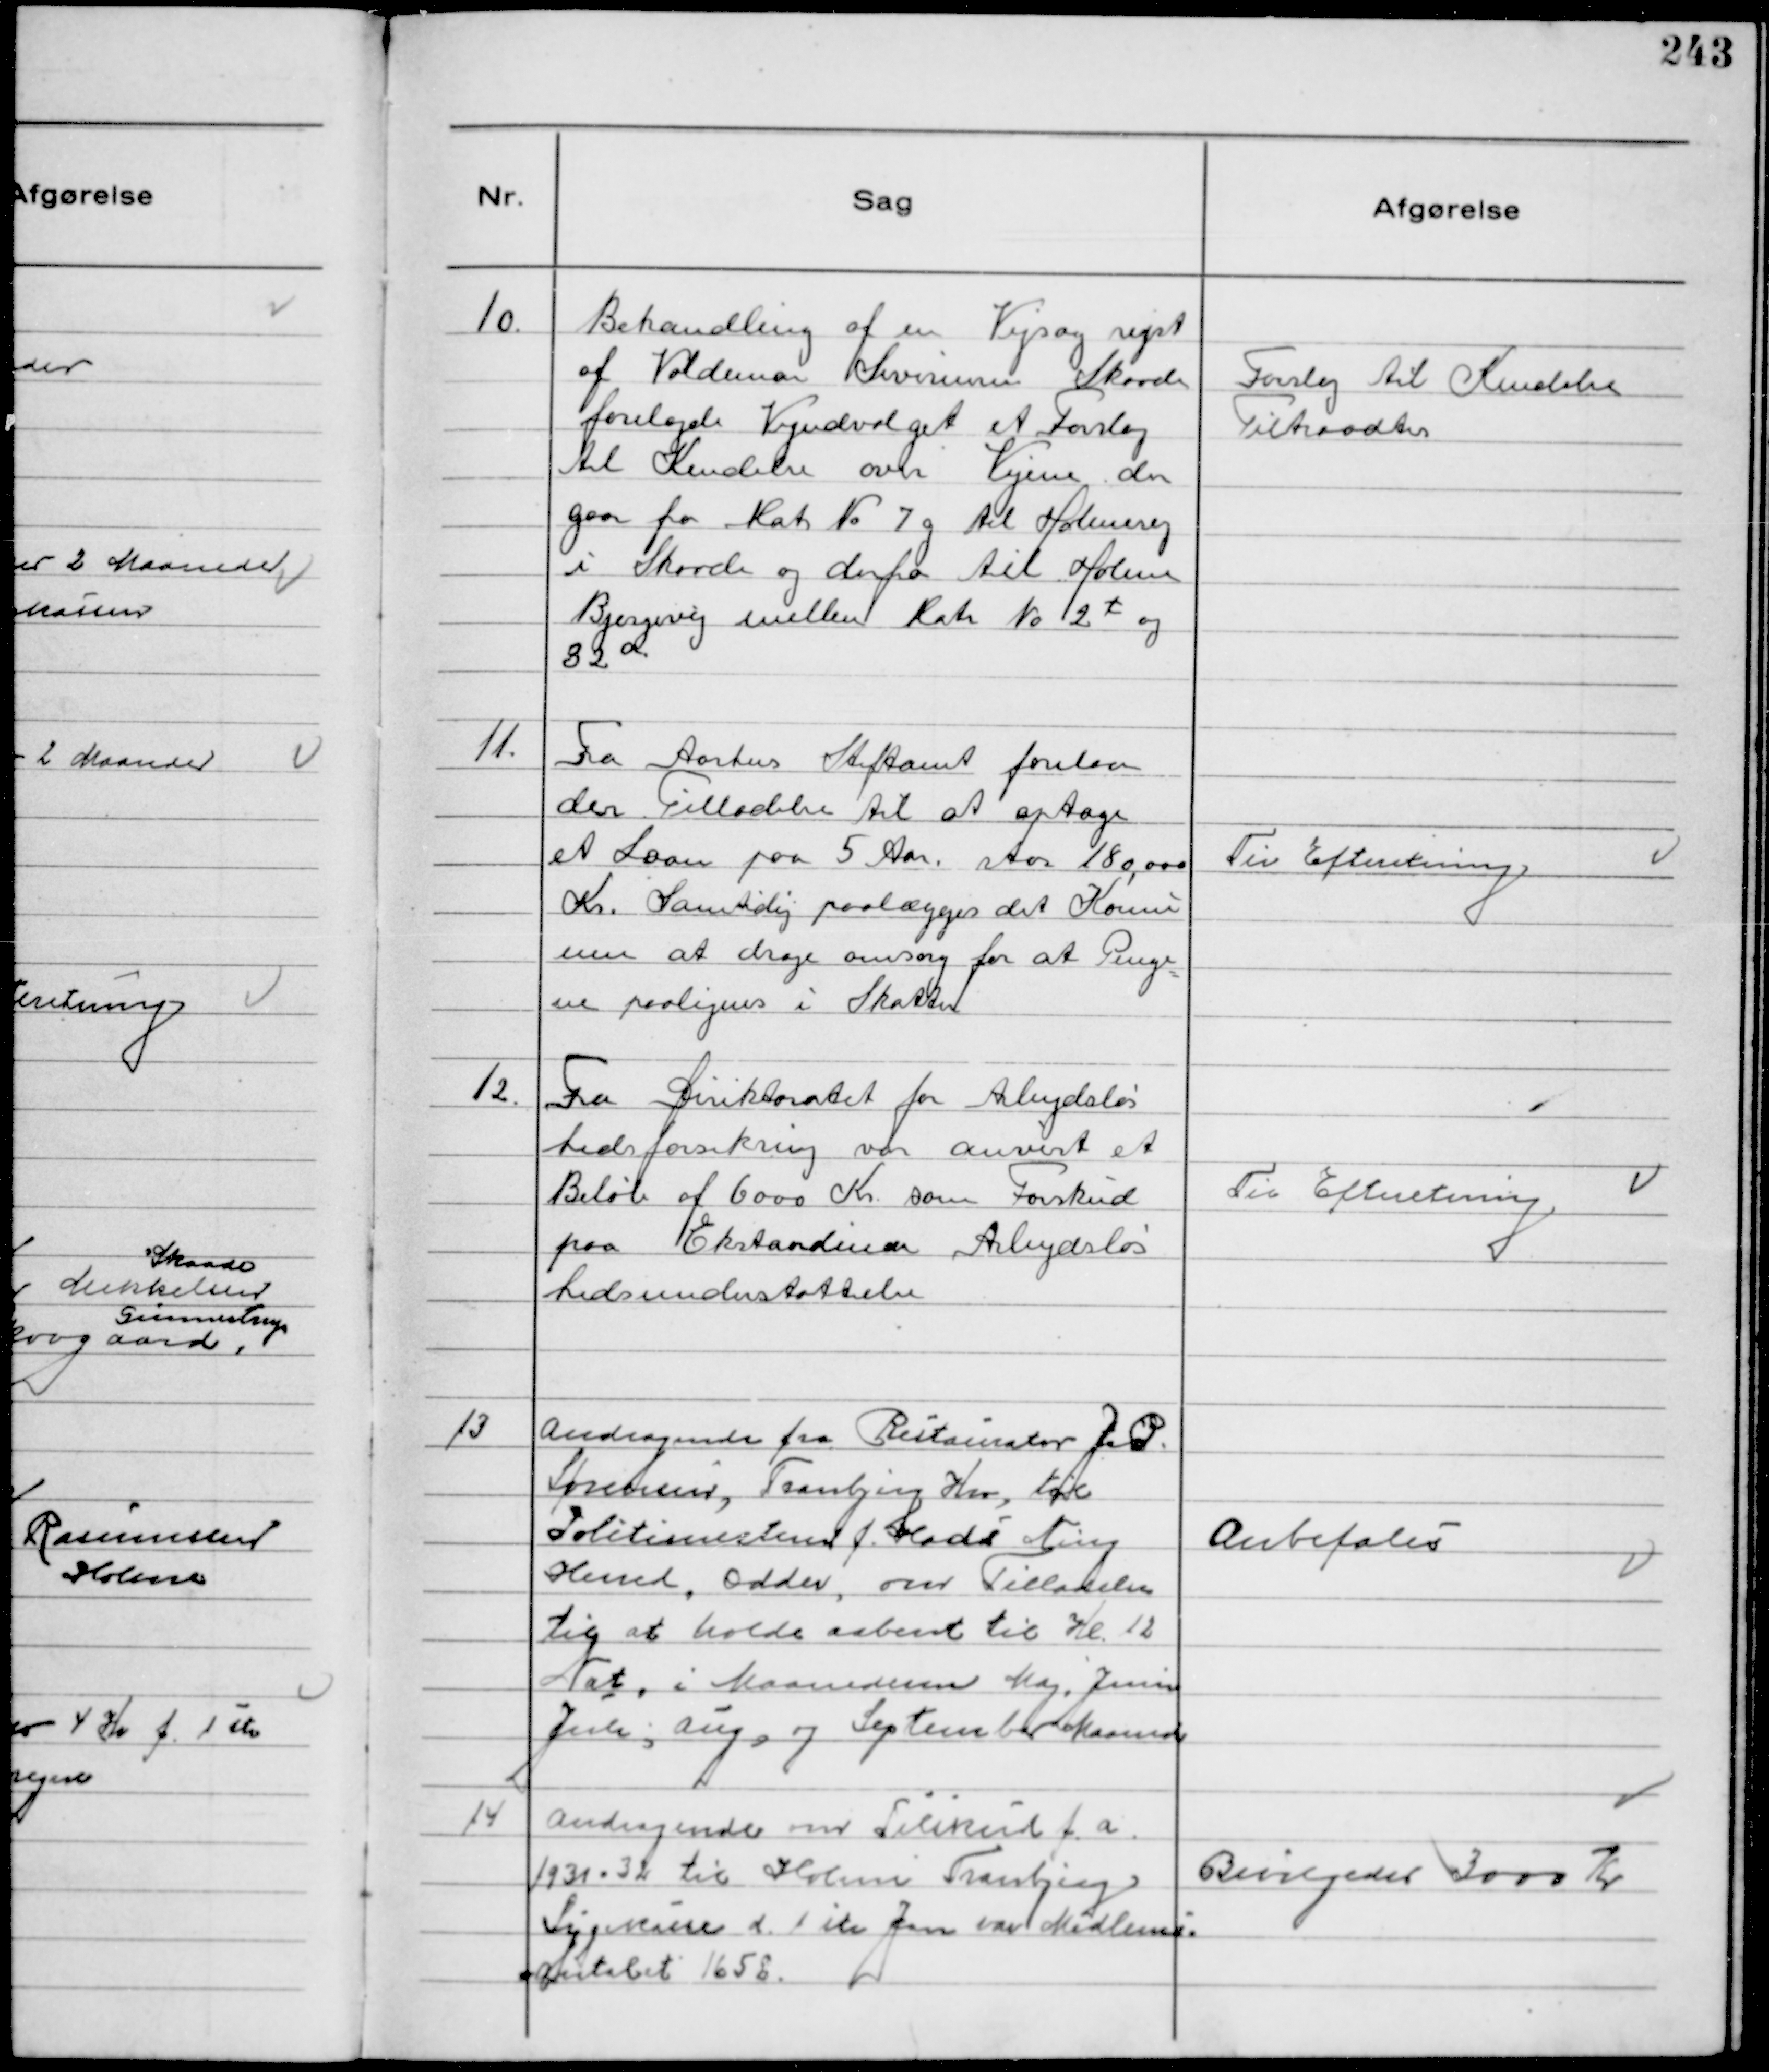
Transskription:
10.
Behandling af en Vejsag rejst
af Valdemar Severinsen Skaade
forelagde Vejudvalget et Forslag
til Kendelse over Vejene der
gaar fra Matr № 7g til Holmevej
i Skaade og derfra til Holme
Bjergevej mellem Matr № 2 t og
82 a.

Forslag til Kendelse
Tiltraadtes

11.
Fra Aarhus Stiftamt forelaa
der Tilladelse til at optage
et Laan paa 5 Aar. stor 180,000
Kr. Samtidig paalægges det Kommu
nen at drage omsorg for at Penge
ne paalignes i Skatten

Til Efteretning

12.
Fra Diriktoratet for Arbejdsløs
hedsforsikring var anvist et
Beløb af 6000 Kr. som Forskud
paa Ekstraordinær Arbejdsløs
hedsunderstøttelse

Til Efteretning

13
Andragende fra Restauratør J. P.
Sørensen, Tranbjerg Kro, til 
Politimesteren f. Hads Ning
Herred, Odder, om Tilladelse
til at holde aabent til Kl. 12
Nat, i Maanederne Maj, Juni
Juli, Aug, og September Maaned

Anbefales

14
Andragende om Tilskud f.a.
1931-32 til Holme Tranbjerg
Sygekasse d. 1ste Jan var Medlems-
antalet 1652

Bevilgedes 3000 Kr